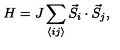
H = J \sum _ { \langle i j \rangle } \vec { S } _ { i } \cdot \vec { S } _ { j } ,